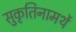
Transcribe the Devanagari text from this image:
सुकृतिनामर्थे